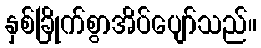
နှစ်ခြိုက်စွာအိပ်ပျော်သည်။